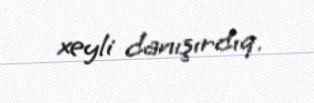
xeyli danışırdıq.